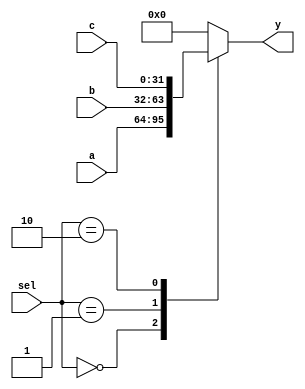
`timescale 1ns / 1ps
//////////////////////////////////////////////////////////////////////////////////
// Company: 
// Engineer: 
// 
// Design Name: 
// Module Name:    mux32_3_2_4 
// Project Name: 
// Target Devices: 
// Tool versions: 
// Description: 
//
// Dependencies: 
//
// Revision: 
// Revision 0.01 - File Created
// Additional Comments: 
//
//////////////////////////////////////////////////////////////////////////////////
module mux32_3_2_4(
	 input [31:0] a,
    input [31:0] b,
    input [31:0] c,
    input [1:0] sel,
    output reg [31:0] y
    );
	 always @ * begin
		case(sel)
		2'b00:begin
			y = a;
		end
		2'b01:begin
			y = b;
		end
		2'b10:begin
			y = c;
		end
		default:begin
			y = 0;
		end
		endcase
	 end
    


endmodule